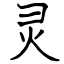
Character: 灵